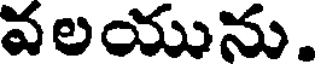
వలయును.